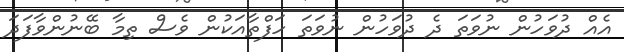
އެއް ދުވަހުން ނުވަތަ ދެ ދުވަހުން ނުވަތަ ހަފްތާއަކުން ވެސް ތިމާ ބޭނުންވާފަދަ